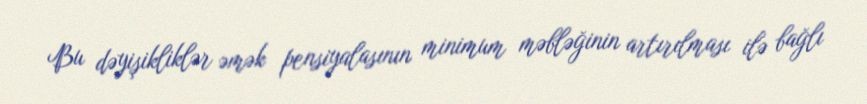
Bu dəyişikliklər əmək pensiyalasının minimum məbləğinin artırılması ilə bağlı